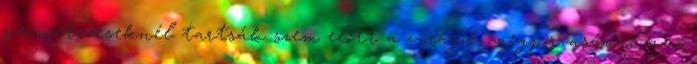
permetezéseknél tartsák szem elõtt a virágok megporzásával az õ